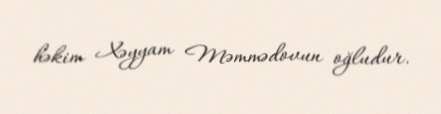
həkim Xəyyam Məmmədovun oğludur.